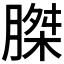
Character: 𮌪